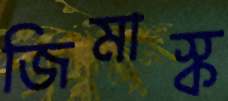
জিমাস্ক